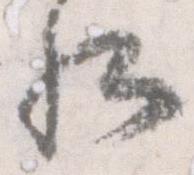
卿